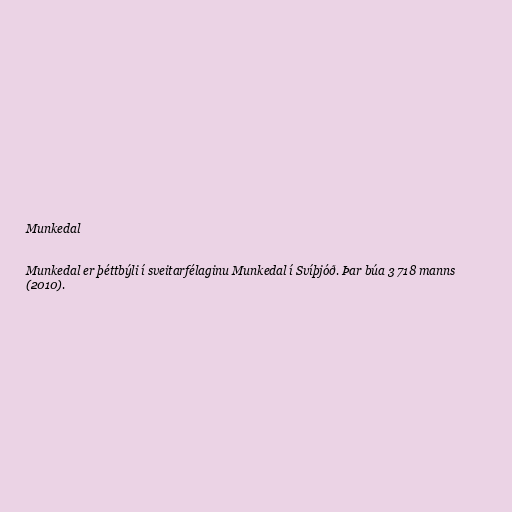
Munkedal

Munkedal er þéttbýli í sveitarfélaginu Munkedal í Svíþjóð. Þar búa 3 718 manns
(2010).